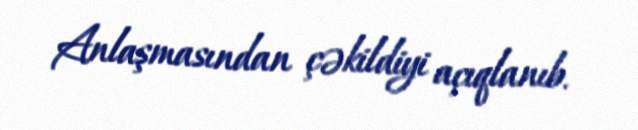
Anlaşmasından çəkildiyi açıqlanıb.